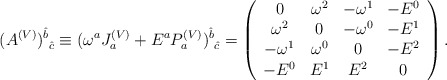
\begin{align*}(A^{(V)})^{\hat{b}}_{\mbox{ }\hat{c}} \equiv(\omega^{a}J^{(V)}_{a}+E^{a}P^{(V)}_{a})^{\hat{b}}_{\mbox{ }\hat{c}} = \left( \begin{array}{cccc} 0 & \omega^{2} & -\omega^{1} & -E^{0} \\ \omega^{2} & 0 & -\omega^{0} & -E^{1} \\ -\omega^{1} & \omega^{0} & 0 & -E^{2} \\ -E^{0} & E^{1} & E^{2} & 0 \end{array} \right).\end{align*}